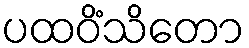
ပထဝိံသိတော